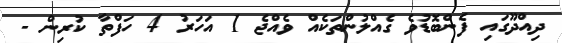
ދިއްދޫގައި ފެންބޮޑުވެ ގެއްލުންތަކެއް ވެއްޖެ 1 އަހަރު 4 ހަފްތާ ކުރިން -